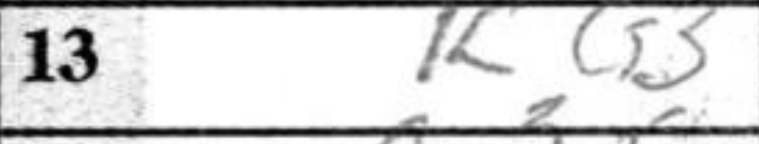
Transcription: Kg3